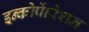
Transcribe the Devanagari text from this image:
इन्कोर्पाेरेशन